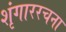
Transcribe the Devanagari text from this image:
शृंगाररचना